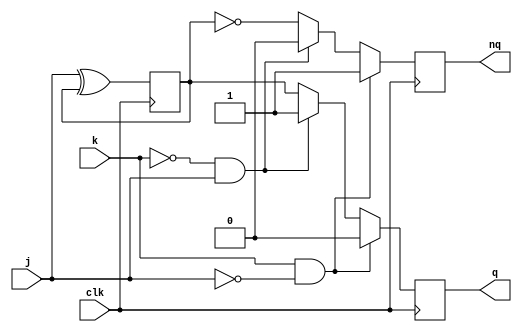
module jk_flipflop(
    input wire j,
    input wire k,
    input wire clk,
    output reg q,
    output reg nq
);

reg master_latch;
reg slave_latch;

always @(posedge clk) begin
    master_latch <= j ^ master_latch;
    slave_latch <= master_latch;
end

always @(negedge clk) begin
    if(k && ~j)
        begin
        q <= 0;
        nq <= 1;
        end
    else if(~k && j)
        begin
        q <= 1;
        nq <= 0;
        end
    else
        begin
        q <= master_latch;
        nq <= ~master_latch;
        end
end

endmodule